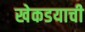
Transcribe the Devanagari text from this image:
खेकडयाची